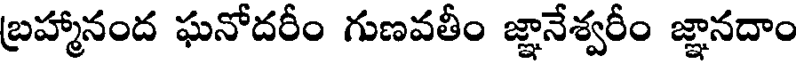
బ్రహ్మానంద ఘనోదరీం గుణవతీం జ్ఞానేశ్వరీం జ్ఞానదాం